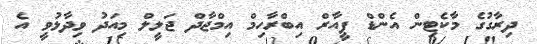
ދިރާގުގެ މާކެޓިން އެންޑް ޕީއާރް އިބްރާހިމް އިމްޖާދް ޖަލީލް މިއަދު ވިދާޅުވީ އެ